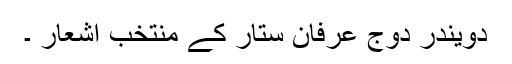
دویندر دوج عرفان ستار کے منتخب اشعار ۔